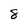
Character: 8